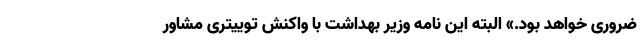
ضروری خواهد بود.» البته این نامه وزیر بهداشت با واکنش توییتری مشاور